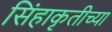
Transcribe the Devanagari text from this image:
सिंहाकृतीच्या